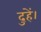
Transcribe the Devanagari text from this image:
दुहें।